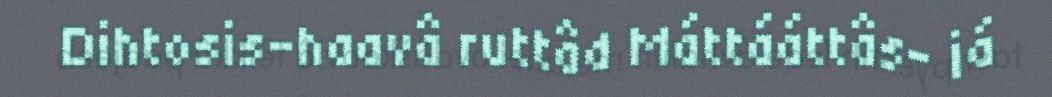
Dihtosis-haavâ ruttâd Máttááttâs- já